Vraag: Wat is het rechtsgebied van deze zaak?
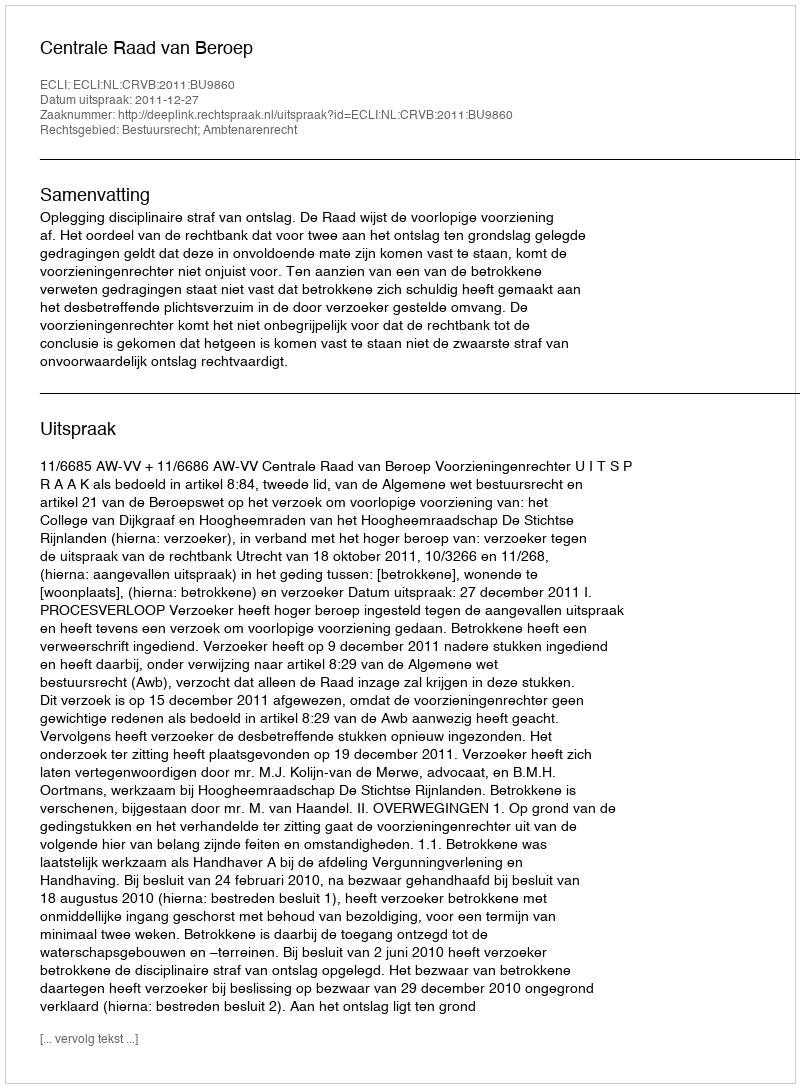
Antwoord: Bestuursrecht; Ambtenarenrecht